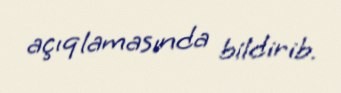
açıqlamasında bildirib.